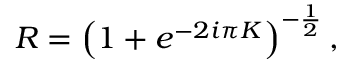
R = \left( 1 + e ^ { - 2 i \pi K } \right) ^ { - \frac { 1 } { 2 } } ,